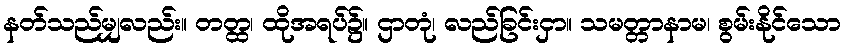
နတ်သည်မျှလည်း။ တတ္ထ၊ ထိုအရပ်၌။ ဌာတုံ၊ လည်ခြင်းငှာ။ သမတ္တာနာမ၊ စွမ်းနိုင်သော